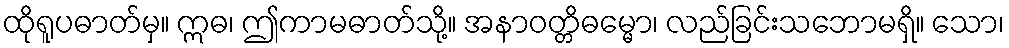
ထိုရူပဓာတ်မှ။ ဣဓ၊ ဤကာမဓာတ်သို့။ အနာဝတ္တိဓမ္မော၊ လည်ခြင်းသဘောမရှိ။ သော၊